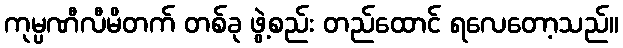
ကုမ္ပဏီလီမိတက် တစ်ခု ဖွဲ့စည်း တည်ထောင် ရလေတော့သည်။